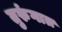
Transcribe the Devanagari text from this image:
तुरुंंगात